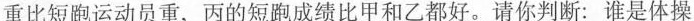
重比短跑运动员重，丙的短跑成绩比甲和乙都好。请你判断：谁是体操